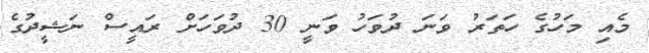
މެއި މަހުގެ ހަތަރު ވަނަ ދުވަހު ވަނީ 30 ދުވަހަށް ރައީސް ނަޝީދުގެ